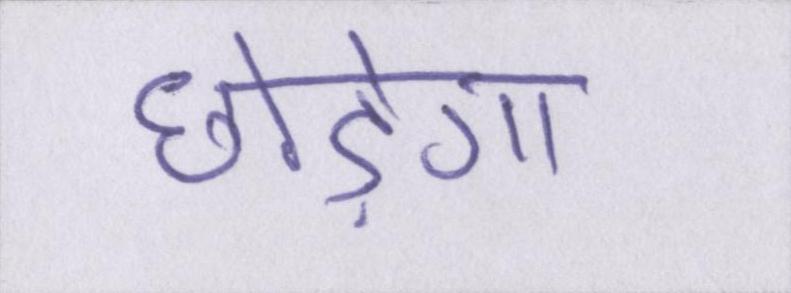
छोड़ेगा